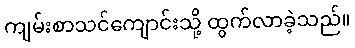
ကျမ်းစာသင်ကျောင်းသို့ ထွက်လာခဲ့သည်။